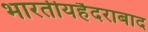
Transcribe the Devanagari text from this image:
भारतीयहैदराबाद